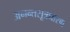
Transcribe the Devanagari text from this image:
अनन्तसूत्रधारण